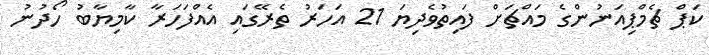
ކަޕް ޗެމްޕިއަނުންގެ މައްޗަށް ފައިތުވެދިޔަ 21 އަހަރު ތެރޭގައި އެއްފަހަރާ ކާމިޔާބު ހޯދުނު